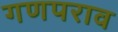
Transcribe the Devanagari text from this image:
गणपराव